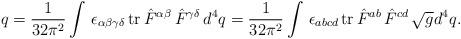
LaTeX: \begin{align*}q=\frac 1{32\pi ^2}\int \,\epsilon _{\alpha \beta \gamma \delta }\,{\rm tr\,}\hat{F}^{\alpha \beta }\,\hat{F}^{\gamma \delta }\,d^4q=\frac 1{32\pi^2}\int \,\epsilon _{abcd}\,{\rm tr\,}\hat{F}^{ab}\,\hat{F}^{cd}\,\sqrt{g}d^4q. \end{align*}